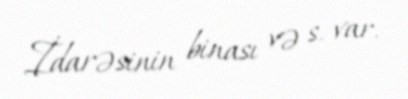
İdarəsinin binası və s. var.